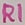
Text: R1